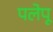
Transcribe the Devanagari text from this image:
पलेपू